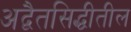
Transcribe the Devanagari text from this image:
अद्वैतसिद्धीतील